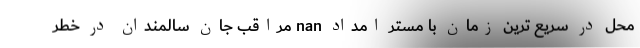
محل در سریع ترین زمان با مستر امداد nan مراقب جان سالمندان در خطر